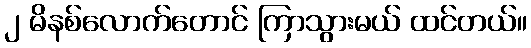
၂ မိနစ်လောက်တောင် ကြာသွားမယ် ထင်တယ်။